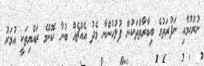
ނުރުހުމާއި ނަފުރަތުގެ އިބާރާތްތަކުން ފުލުހުންނާ މެދު އެއްޗެއް ބުނާ ކޮންމެ ރައްޔިތަކީ އުމަރު